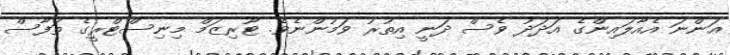
އަންނަ އެއާލައިންގެ އަދަދު ވެސް ދަނީ އިތުރު ވަމުންނެވެ. ޓޫރިޒަމް މިނިސްޓްރީގެ ތަފާސް